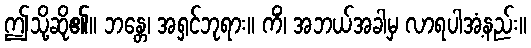
ဤသို့ဆို၏။ ဘန္တေ၊ အရှင်ဘုရား။ ကိံ၊ အဘယ်အခါမှ လာရပါအံ့နည်း။